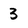
Character: 3